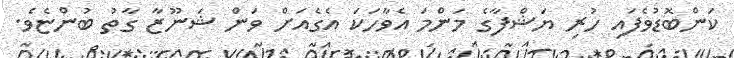
ކަންބޮޑުވެފައި ހުރި ޔަޝްފާގެ މަންމަ އެވާހަކަ އެގެއަށް ވަން ޝަނޫޒާ ގާތު ބުންޏެވެ.